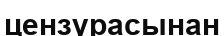
цензурасынан